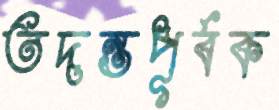
তদন্তপূর্বক